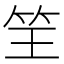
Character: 𮵬